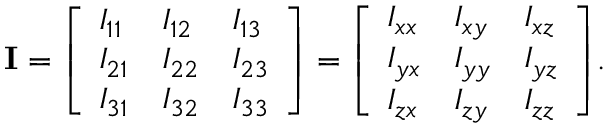
\mathbf { I } = { \left[ \begin{array} { l l l } { I _ { 1 1 } } & { I _ { 1 2 } } & { I _ { 1 3 } } \\ { I _ { 2 1 } } & { I _ { 2 2 } } & { I _ { 2 3 } } \\ { I _ { 3 1 } } & { I _ { 3 2 } } & { I _ { 3 3 } } \end{array} \right] } = { \left[ \begin{array} { l l l } { I _ { x x } } & { I _ { x y } } & { I _ { x z } } \\ { I _ { y x } } & { I _ { y y } } & { I _ { y z } } \\ { I _ { z x } } & { I _ { z y } } & { I _ { z z } } \end{array} \right] } .